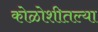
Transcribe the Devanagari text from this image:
कोळोशीतल्या